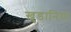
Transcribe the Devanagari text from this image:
खुडानिया